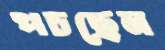
পচছেন